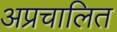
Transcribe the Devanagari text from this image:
अप्रचालित